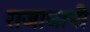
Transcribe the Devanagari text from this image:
राजाधानी